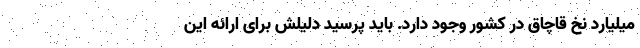
میلیارد نخ قاچاق در کشور وجود دارد. باید پرسید دلیلش برای ارائه این